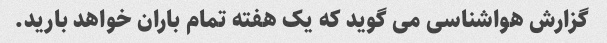
گزارش هواشناسی می گوید که یک هفته تمام باران خواهد بارید.